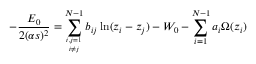
- { \frac { \c E _ { 0 } } { 2 ( \alpha s ) ^ { 2 } } } = \sum _ { { i , j = 1 \atop i \not = j } } ^ { N - 1 } b _ { i j } \ln ( z _ { i } - z _ { j } ) - W _ { 0 } - \sum _ { i = 1 } ^ { N - 1 } a _ { i } \Omega ( z _ { i } )